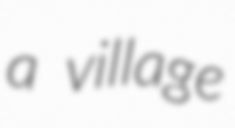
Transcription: a village